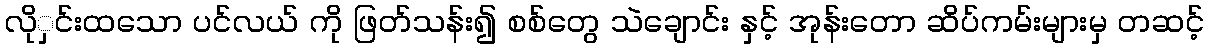
လိုှင်းထသော ပင်လယ် ကို ဖြတ်သန်း၍ စစ်တွေ သဲချောင်း နှင့် အုန်းတော ဆိပ်ကမ်းများမှ တဆင့်